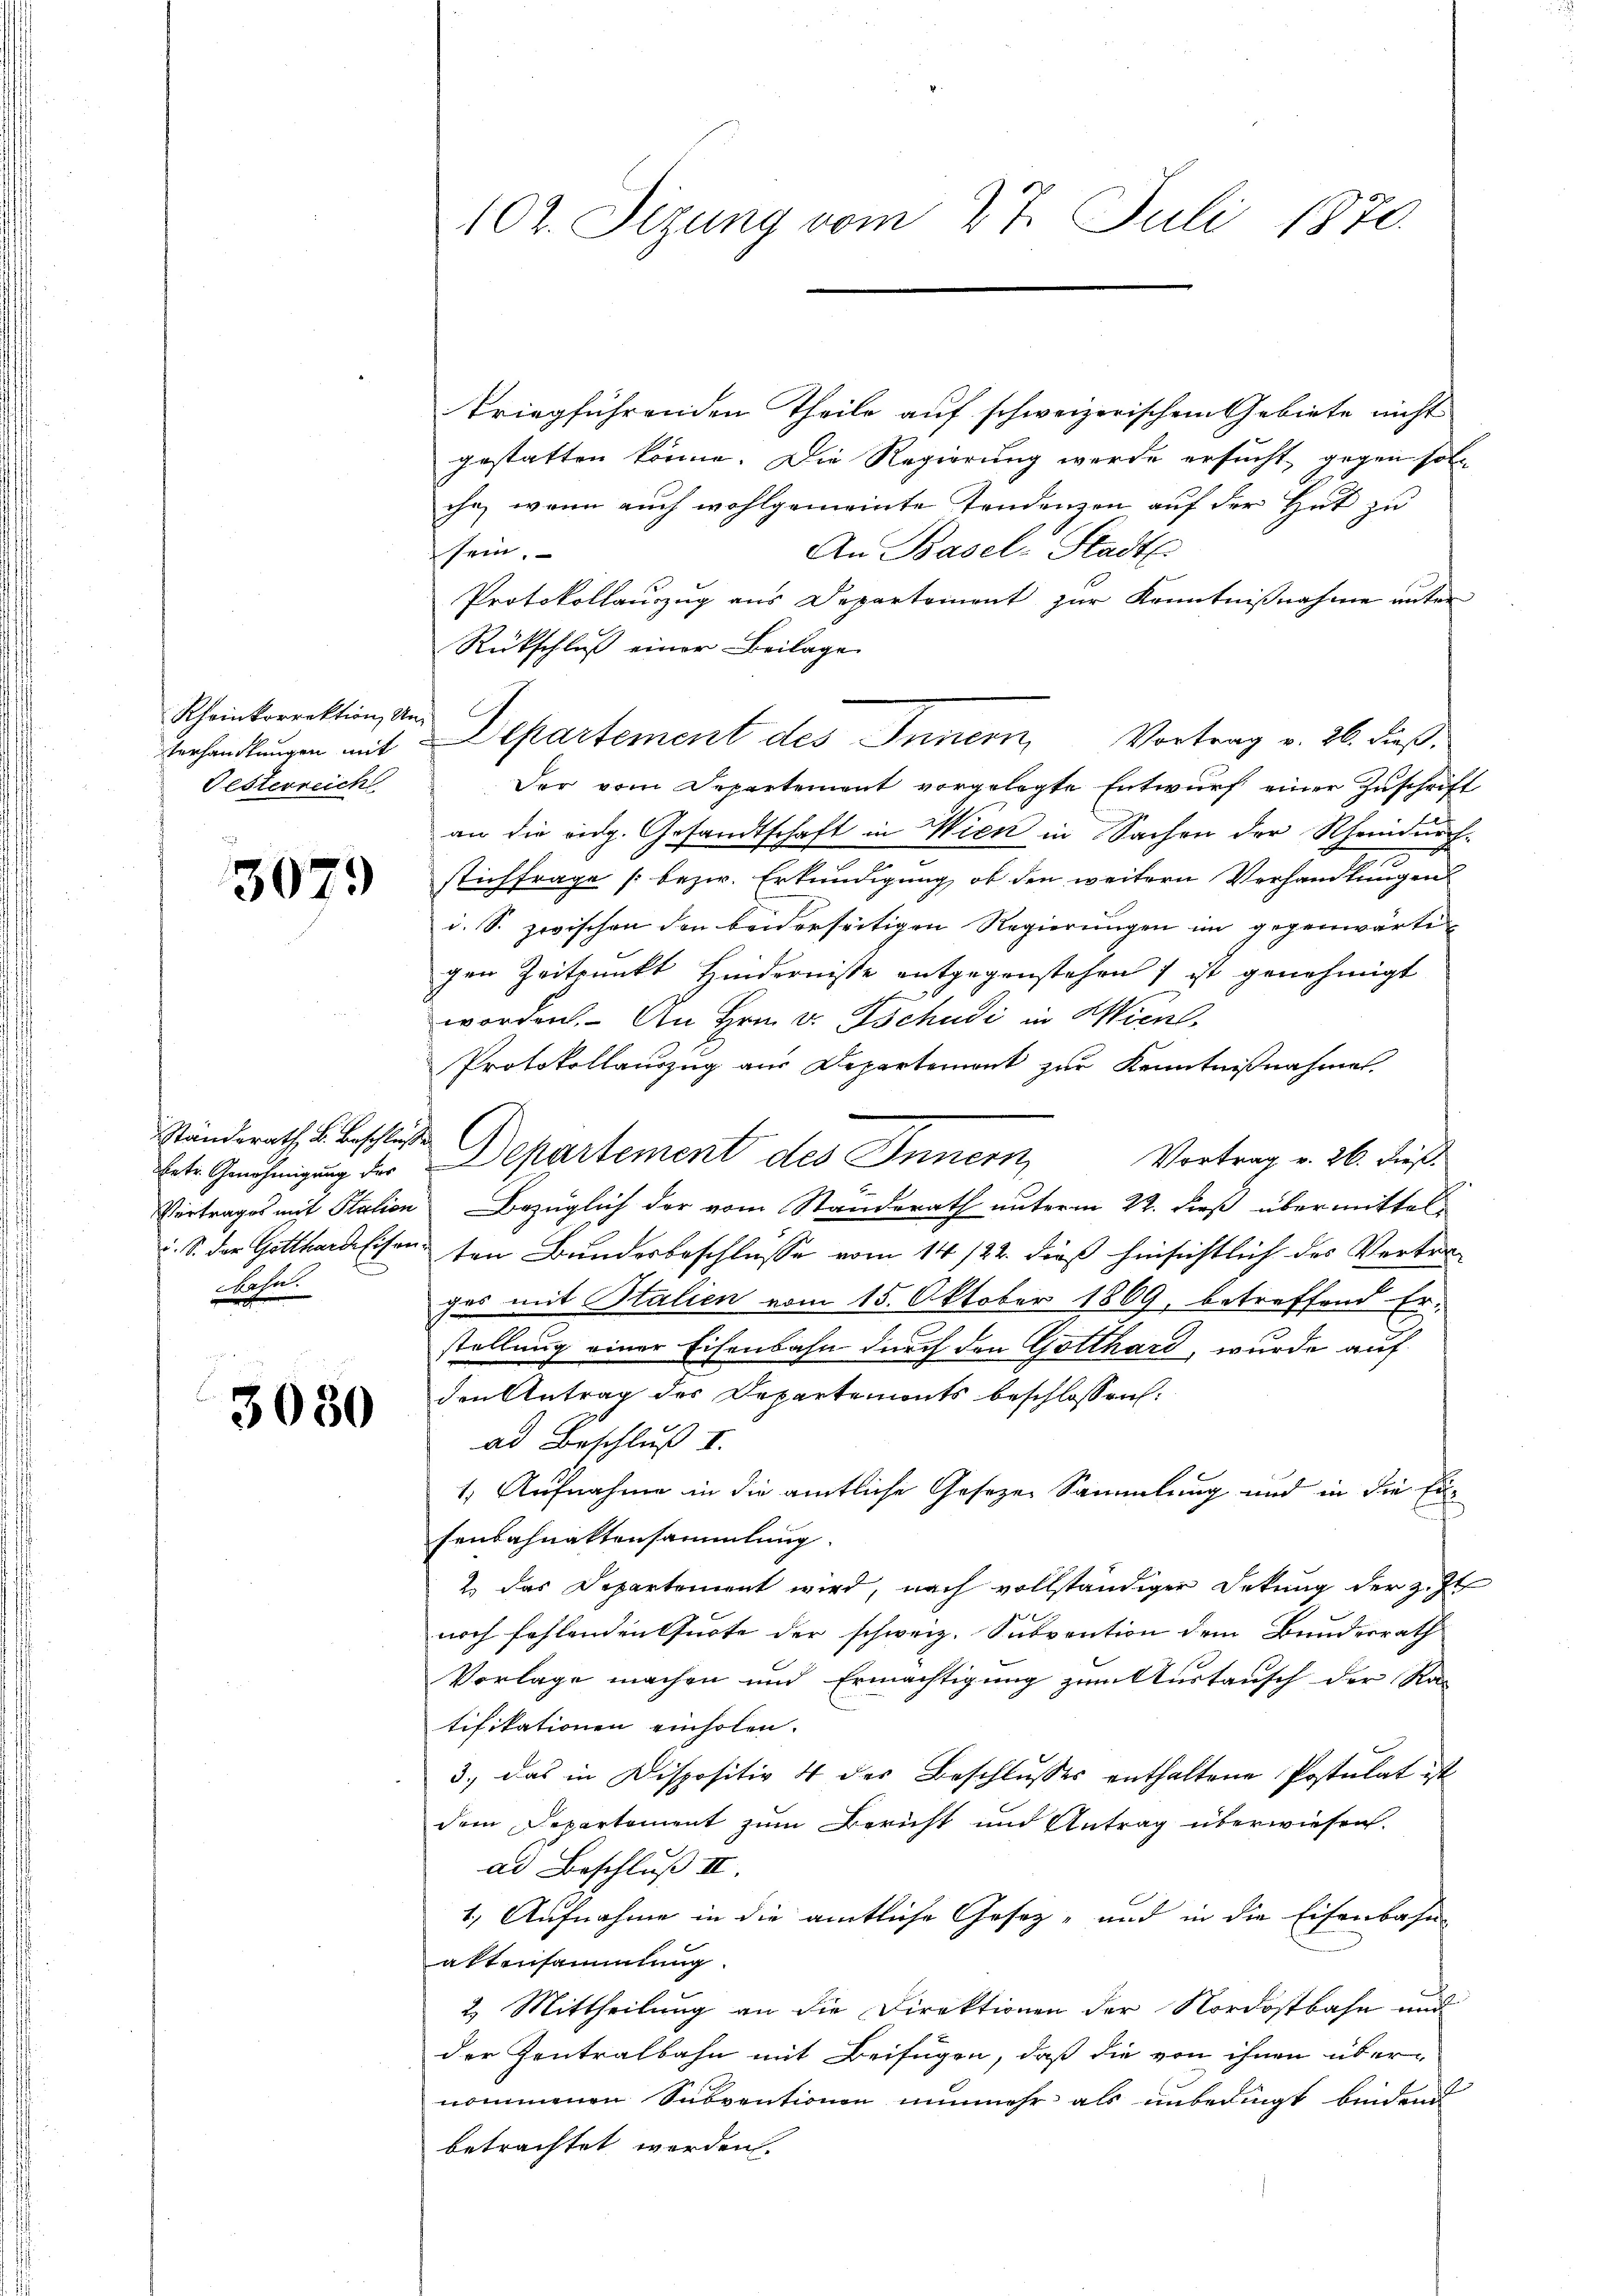
Rheinkorrektion, Un¬
Gesterreich

3079

Ständerath, B. Beschlusse
bahn.

3030

102. Sizung vom 27. Juli 1870.

triegführenden Theile auf schweizerischem Gebiete nicht
gestatten könne. Die Regierung werde ersucht, gegen soll
cha, wenn auch wohlgemeinte Tendenzen auf der Hut zu
An Basel-Stadts.
sein.
Protokollauszug aus Departement zur Kenntnißnahme unter
Rückschluß einer Beilage
Der vom Departement vorgelegte Entwurf einer Zuschrift
an die eidg. Gesandtschaft in Wien in Sachen der Rheindnach¬
2
stichfrage (bezw. Erkundigung, ob den weitern Verhandlungen
i. S. zwischen den beiderseitigen Regierungen im gegenwärtigen Zeitpunkt Hindernisse entgegenstehen) ist genehmigt
worden. An Hrn. v. Tschudi in Wien,
Protokollauszug aus Departemont zur Kenntnißnahmen.
Vortrag v. 26. dieß.
hete Genehmigung der Departement des Innern
Vertrages mit Salien Bezüglich der vom Standerath unterm 22. dieß übermitteli. S. der Gotthardfisanten Bundesbeschlüsse vom 14/22. dieß hinsichtlich des Vertrages mit Italien vom 15. Oktober 1869, betreffend Er-
stellung einer Eisenbahn durch den Gotthard, wurde auf
den Antrag des Departements beschlossen:
ad Beschluß I.
1. Aufnahme in die amtliche Gesezen Sammlung und in die Einsenbahnaktensammlung.
2. das Departement wird, nach vollständiger Dekung der z. Zt.

noch fehlenden Quote der schweiz. Subvention dem Bunderrath
Vorlage machen und Ermächtigung zum Austausch der Ra-
tifikationen einholen.
3., das in Dispositiv 4 des Beschlusses enthaltene Postulat ist
dem Departement zum Bericht und Antrag überwiesen.
ad Beschluß III.
1. Aufnahme in die amtliche Gesetz- und in die Eisenbahn-
aktensammlung
2.) Mittheilung an die Direktionen der Nordostbahn und
der Zentralbahn mit Beifügen, daß die von ihnen über-
nommenen Subventionen nunmehr als unbedingt bindend
betrachtet werden.

Verhandlungen mit Departement des Innern, Vortrag v. 26. dieß,